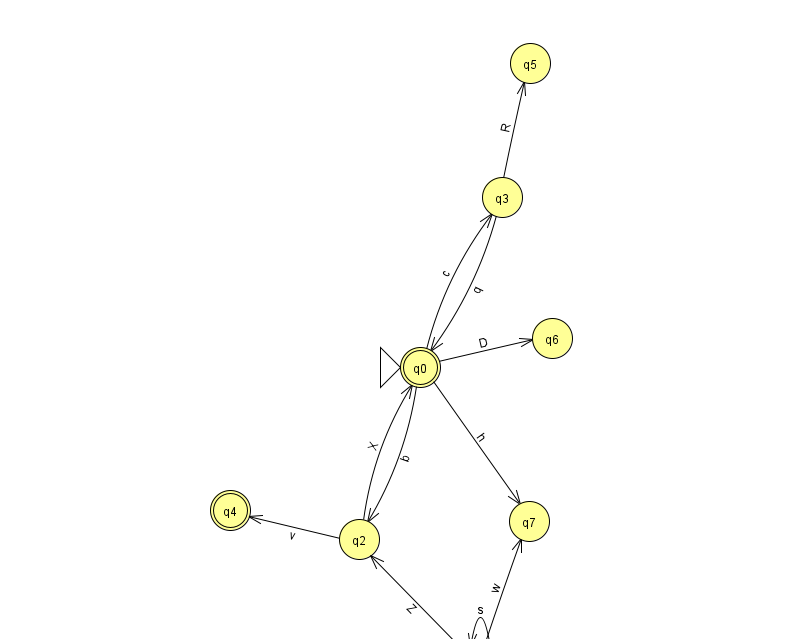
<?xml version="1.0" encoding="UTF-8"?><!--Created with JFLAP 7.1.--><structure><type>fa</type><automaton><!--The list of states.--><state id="0" name="q0"><x>420.0</x><y>354.0</y><initial/><final/></state><state id="1" name="q1"><x>480.0</x><y>651.0</y></state><state id="2" name="q2"><x>359.0</x><y>526.0</y></state><state id="3" name="q3"><x>502.0</x><y>184.0</y></state><state id="4" name="q4"><x>230.0</x><y>497.0</y><final/></state><state id="5" name="q5"><x>530.0</x><y>50.0</y></state><state id="6" name="q6"><x>552.0</x><y>325.0</y></state><state id="7" name="q7"><x>529.0</x><y>508.0</y></state><!--The list of transitions.--><transition><from>2</from><to>0</to><read>X</read></transition><transition><from>0</from><to>7</to><read>h</read></transition><transition><from>1</from><to>1</to><read>s</read></transition><transition><from>1</from><to>7</to><read>w</read></transition><transition><from>3</from><to>0</to><read>q</read></transition><transition><from>0</from><to>3</to><read>c</read></transition><transition><from>3</from><to>5</to><read>R</read></transition><transition><from>2</from><to>4</to><read>v</read></transition><transition><from>0</from><to>2</to><read>b</read></transition><transition><from>1</from><to>2</to><read>Z</read></transition><transition><from>0</from><to>6</to><read>D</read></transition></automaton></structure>